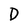
Character: D